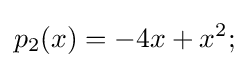
p_{2}(x)=-4x+x^{2};